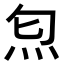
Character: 𤆫